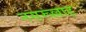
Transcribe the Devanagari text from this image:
नसरूल्लाह